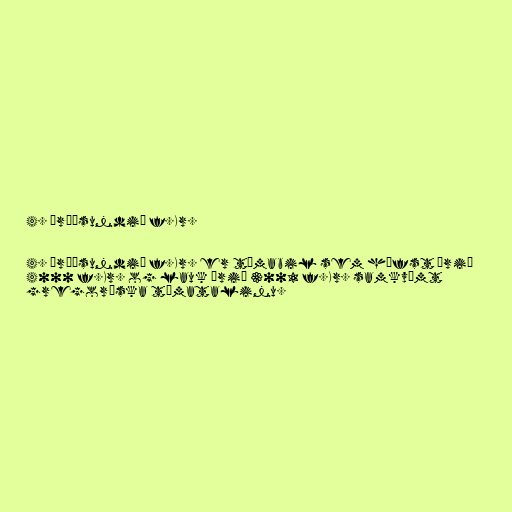
4. árþúsundið f.Kr.

4. árþúsundið f.Kr. er tímabil sem hófst árið
4000 f.Kr. og lauk árið 3001 f.Kr. samkvæmt
gregoríska tímatalinu.